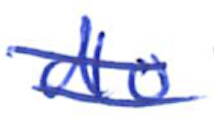
Text: do
Cross-out: double-line
Writing tool: ballpoint